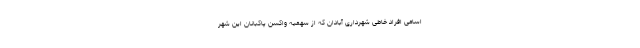
اسامی افراد خاطی شهرداری آبادان که از سهمیه واکسن پاکبانان این شهر